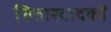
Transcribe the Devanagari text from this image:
सितारवादकों